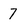
Character: 7